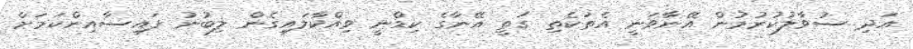
އަދި ސުވާލުކުރުމުން އޭނާވަނީ އެތަކެތި ގަތީ އޭނާގެ ކިޑްނީ ވިއްކާލައިގެން ލިބުނު ފައިސާއިންކަމަށް